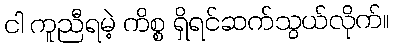
ငါ ကူညီရမဲ့ ကိစ္စ ရှိရင်ဆက်သွယ်လိုက်။